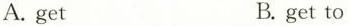
A.get B. get to